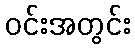
ဝင်းအတွင်း